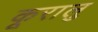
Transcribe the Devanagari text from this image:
कूरालु